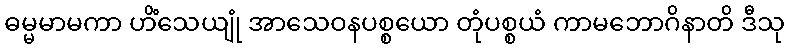
ဓမ္မမာမကာ ဟိံသေယျုံ အာသေဝနပစ္စယော တုံပစ္စယံ ကာမဘောဂိနာတိ ဒီသု